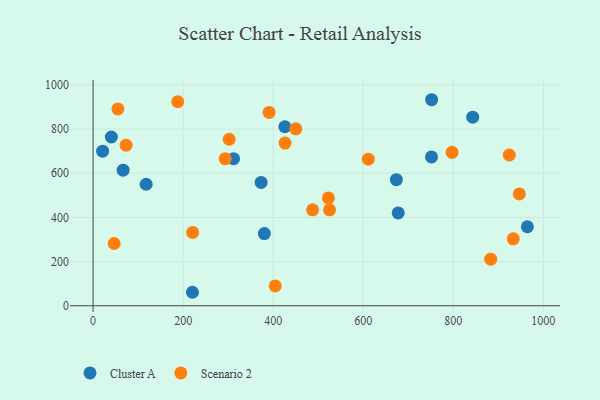
{"axis": {"x": "Ad Spend", "y": "Sales"}, "legend": ["Cluster A", "Scenario 2"], "data": [{"x": "117.9", "y": 550.4, "type": "Cluster A"}, {"x": "220.7", "y": 61.1, "type": "Cluster A"}, {"x": "66.7", "y": 614.1, "type": "Cluster A"}, {"x": "843.2", "y": 854.0, "type": "Cluster A"}, {"x": "677.7", "y": 420.6, "type": "Cluster A"}, {"x": "673.6", "y": 571.2, "type": "Cluster A"}, {"x": "751.7", "y": 674.0, "type": "Cluster A"}, {"x": "380.5", "y": 327.1, "type": "Cluster A"}, {"x": "752.0", "y": 933.1, "type": "Cluster A"}, {"x": "964.6", "y": 357.8, "type": "Cluster A"}, {"x": "40.6", "y": 764.4, "type": "Cluster A"}, {"x": "373.3", "y": 558.7, "type": "Cluster A"}, {"x": "425.9", "y": 810.7, "type": "Cluster A"}, {"x": "21.2", "y": 699.9, "type": "Cluster A"}, {"x": "312.0", "y": 666.1, "type": "Cluster A"}, {"x": "426.4", "y": 736.8, "type": "Scenario 2"}, {"x": "946.7", "y": 506.3, "type": "Scenario 2"}, {"x": "46.8", "y": 281.9, "type": "Scenario 2"}, {"x": "487.6", "y": 434.5, "type": "Scenario 2"}, {"x": "55.2", "y": 891.3, "type": "Scenario 2"}, {"x": "883.1", "y": 210.9, "type": "Scenario 2"}, {"x": "404.6", "y": 89.8, "type": "Scenario 2"}, {"x": "933.3", "y": 303.1, "type": "Scenario 2"}, {"x": "450.2", "y": 801.1, "type": "Scenario 2"}, {"x": "73.3", "y": 727.3, "type": "Scenario 2"}, {"x": "525.2", "y": 434.4, "type": "Scenario 2"}, {"x": "611.3", "y": 663.7, "type": "Scenario 2"}, {"x": "221.1", "y": 332.3, "type": "Scenario 2"}, {"x": "522.6", "y": 488.5, "type": "Scenario 2"}, {"x": "924.5", "y": 682.7, "type": "Scenario 2"}, {"x": "302.3", "y": 754.0, "type": "Scenario 2"}, {"x": "188.0", "y": 923.9, "type": "Scenario 2"}, {"x": "391.0", "y": 875.4, "type": "Scenario 2"}, {"x": "293.5", "y": 666.0, "type": "Scenario 2"}, {"x": "797.3", "y": 695.0, "type": "Scenario 2"}]}